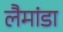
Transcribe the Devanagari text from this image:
लैमांडा